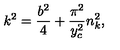
k ^ { 2 } = \frac { b ^ { 2 } } { 4 } + \frac { \pi ^ { 2 } } { y _ { c } ^ { 2 } } n _ { k } ^ { 2 } ,